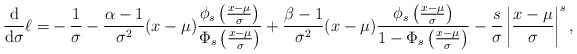
\begin{align*}\frac{\mathrm{d}}{\mathrm{d}\sigma}\ell=&-\frac{1}{\sigma}-\frac{\alpha-1}{\sigma^2}(x-\mu)\frac{\phi_s\left(\frac{x-\mu}{\sigma}\right)}{\Phi_s\left(\frac{x-\mu}{\sigma}\right)}+\frac{\beta-1}{\sigma^2}(x-\mu)\frac{\phi_s\left(\frac{x-\mu}{\sigma}\right)}{1-\Phi_s\left(\frac{x-\mu}{\sigma}\right)}-\frac{s}{\sigma}\left|\frac{x-\mu}{\sigma}\right|^s,\end{align*}